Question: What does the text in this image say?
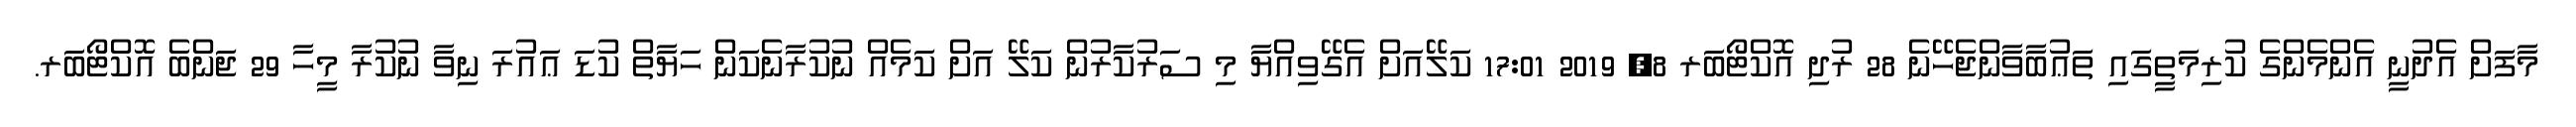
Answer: މާފަށް އެދުނީ އެންމެންގެ ކުރިމަތީގައި ތަޢުބާވާންޖެހޭނެ 28 ރުދި އޮކްޓޯބަރ 8, 2019 17:01 ކަލޭއަށް އެގޭވިއްޔާ މި ސަރުކާރުން ކަލޭ އަށް ކަމެއް ނުކުރާނެކަން ހަޔާތް ކުޑަ ޢައުރަ ނިވާ ނުކުރާ މީހާ 29 ޖަންބެ އޮކްޓޯބަރ.